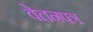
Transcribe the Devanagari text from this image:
वेतनपत्र